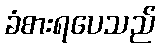
ခံစားရပေသည်